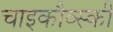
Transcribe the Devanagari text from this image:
चाइकौव्स्की